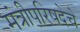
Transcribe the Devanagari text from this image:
मंत्रीपरिषदेचे